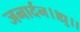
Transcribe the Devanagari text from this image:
जनार्दन।।ध्रु।।